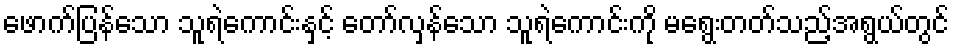
ဖောက်ပြန်သော သူရဲကောင်းနှင့် တော်လှန်သော သူရဲကောင်းကို မရွေးတတ်သည့်အရွယ်တွင်